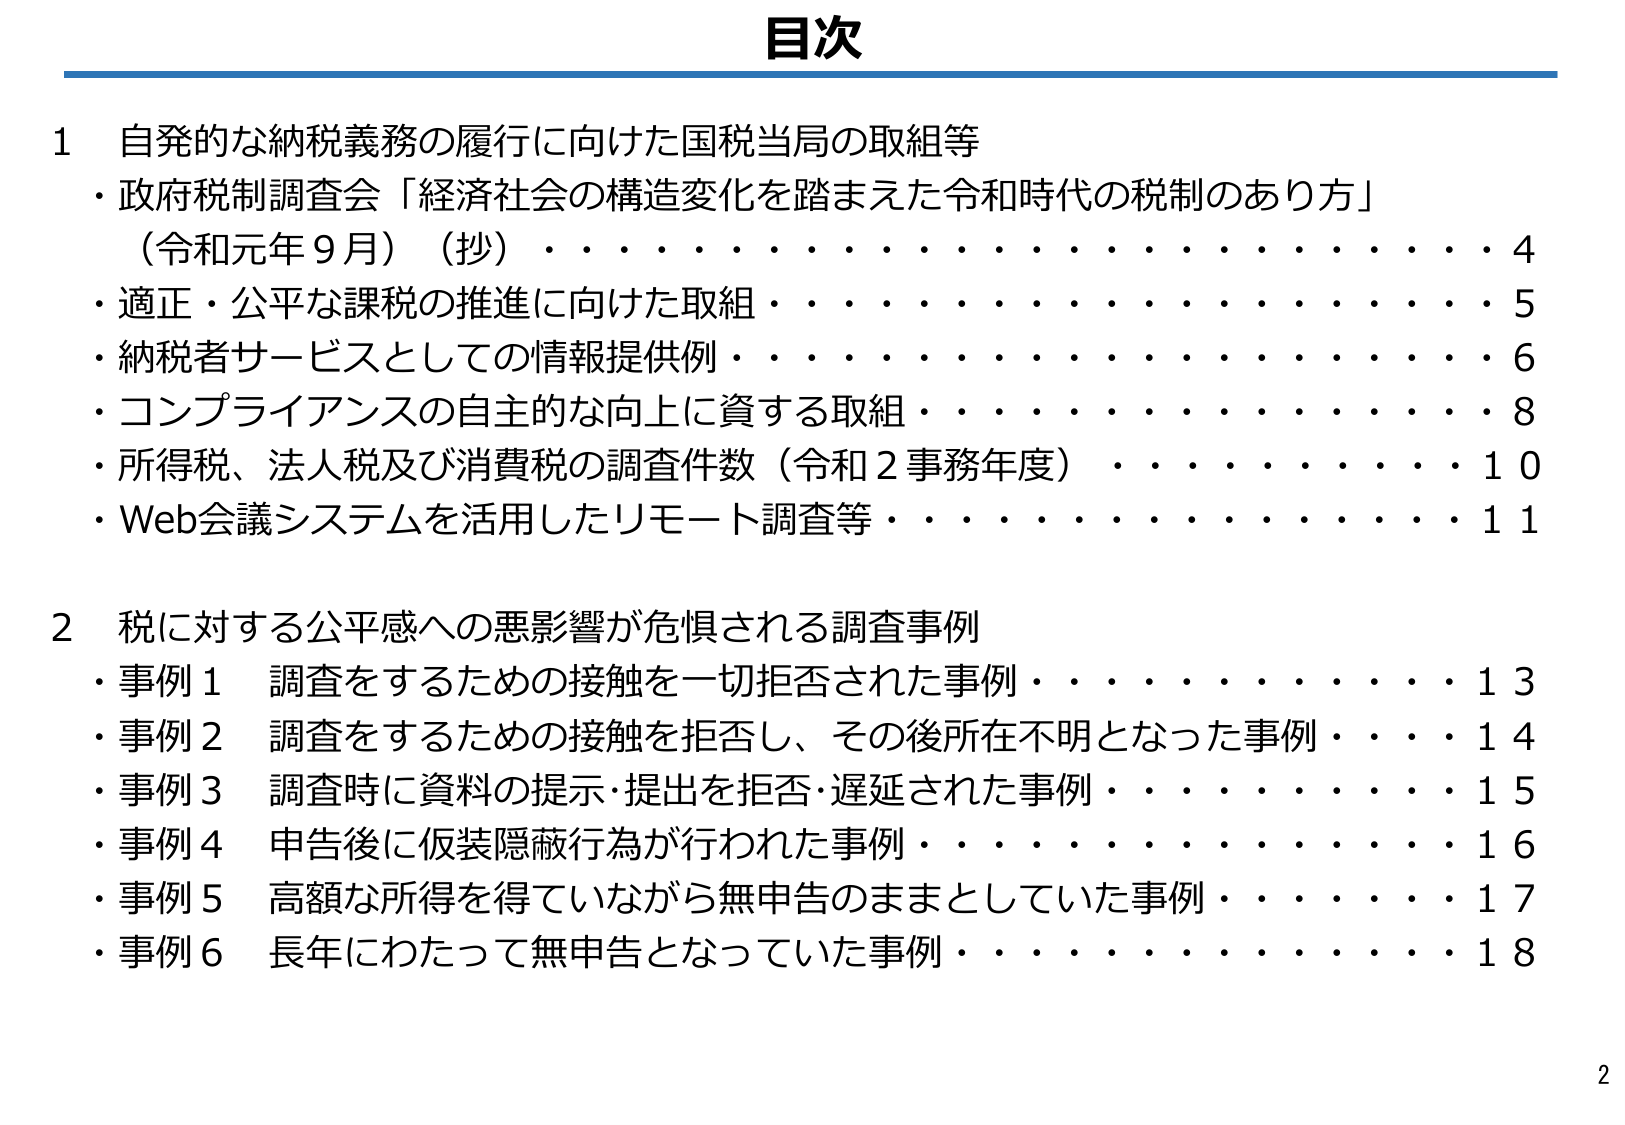
目次

1 自発的な納税義務の履行に向けた国税当局の取組等
・政府税制調査会「経済社会の構造変化を踏まえた令和時代の税制のあり方」
（令和元年9月）（抄）・・・・・・・・・・・・・・・・・・・・・・4
・適正・公平な課税の推進に向けた取組・・・・・・・・・・・・・・・・5
・納税者サービスとしての情報提供例・・・・・・・・・・・・・・・・・・6
・コンプライアンスの自主的な向上に資する取組・・・・・・・・・・・・8
・所得税、法人税及び消費税の調査件数（令和2事務年度）・・・・・・10
・Web会議システムを活用したリモート調査等・・・・・・・・・・・・・11

2 税に対する公平感への悪影響が危惧される調査事例
・事例1 調査をするための接触を一切拒否された事例・・・・・・・・13
・事例2 調査をするための接触を拒否し、その後所在不明となった事例・・・・14
・事例3 調査時に資料の提示・提出を拒否・遅延された事例・・・・・・15
・事例4 申告後に仮装隠蔽行為が行われた事例・・・・・・・・・・・・・16
・事例5 高額な所得を得ていながら無申告のままとしていた事例・・・・17
・事例6 長年にわたって無申告となっていた事例・・・・・・・・・・・・18

2